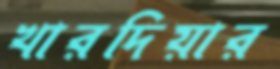
খারদিয়ার